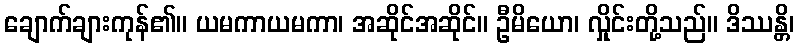
ချောက်ချားကုန်၏။ ယမကာယမကာ၊ အဆိုင်အဆိုင်။ ဦမိယော၊ လှိုင်းတို့သည်။ ဒိဿန္တိ၊